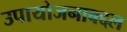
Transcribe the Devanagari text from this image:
उपायोजनाबद्दल